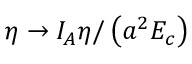
\eta \to I _ { A } \eta / \left( a ^ { 2 } E _ { c } \right)